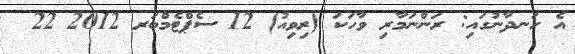
އެ ހަނދާނުގައި: ރަންނަމާރި ވާހަކަ (ރިވިއު) 12 ސެޕްޓެމްބަރ 2012 22